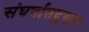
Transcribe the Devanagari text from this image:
संघर्षातदुसरा